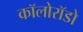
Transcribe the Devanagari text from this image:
कॉलोरॉडो